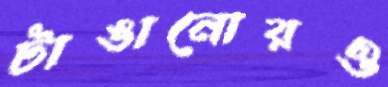
টাঙানোরও